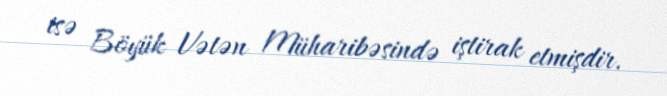
isə Böyük Vətən Müharibəsində iştirak etmişdir.